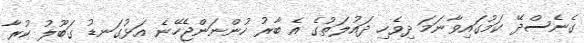
ގެނެސްދޭ ކަމުގައިވާނަމަ ދިވެހި ދައުލަތުގެ އެ ބާރު ހުންނަންޖެހޭނެ އަޅުގަނޑު ގަބޫލު ކުރާ